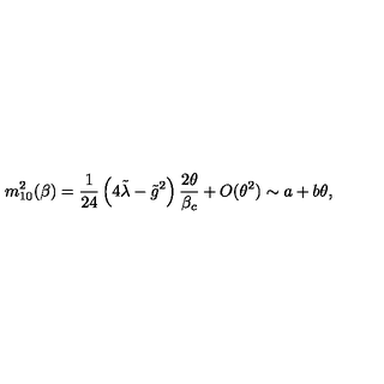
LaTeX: m _ { 1 0 } ^ { 2 } ( \beta ) = \frac { 1 } { 2 4 } \left( 4 \tilde { \lambda } - \tilde { g } ^ { 2 } \right) \frac { 2 \theta } { \beta _ { c } } + O ( \theta ^ { 2 } ) \sim a + b \theta ,